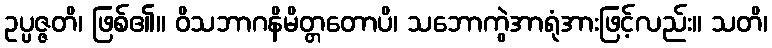
ဥပ္ပဇ္ဇတိ၊ ဖြစ်၏။ ဝိသဘာဂနိမိတ္တတောပိ၊ သဘောကွဲအာရုံအားဖြင့်လည်း။ သတိ၊